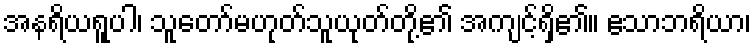
အနရိယရူပါ၊ သူတော်မဟုတ်သူယုတ်တို့၏ အကျင့်ရှိ၏။ ဧသာဘရိယာ၊